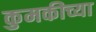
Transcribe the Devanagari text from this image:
कुमकीच्या